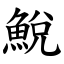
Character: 鮵